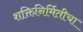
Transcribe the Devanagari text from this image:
शक्तिनिर्मितीचा